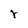
Character: r